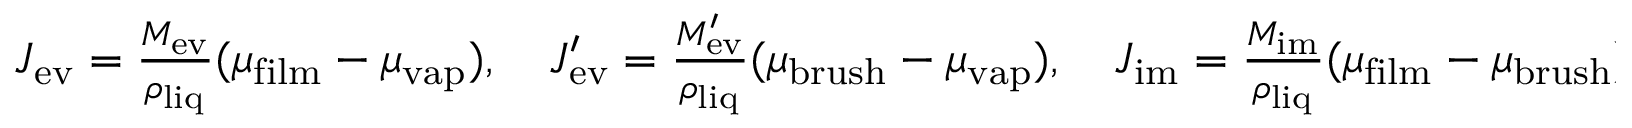
\begin{array} { r } { J _ { \mathrm { e v } } = \frac { M _ { \mathrm { e v } } } { \rho _ { \mathrm { l i q } } } ( \mu _ { \mathrm { f i l m } } - \mu _ { \mathrm { v a p } } ) , \quad J _ { \mathrm { e v } } ^ { \prime } = \frac { M _ { \mathrm { e v } } ^ { \prime } } { \rho _ { \mathrm { l i q } } } ( \mu _ { \mathrm { b r u s h } } - \mu _ { \mathrm { v a p } } ) , \quad J _ { \mathrm { i m } } = \frac { M _ { \mathrm { i m } } } { \rho _ { \mathrm { l i q } } } ( \mu _ { \mathrm { f i l m } } - \mu _ { \mathrm { b r u s h } } ) , } \end{array}